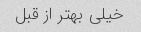
خیلی بهتر از قبل